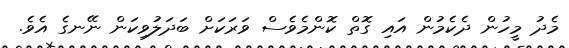
މެދު މީހުން ދެކެމުން އައި ގޮތް ކޮންމެވެސް ވަރަކަށް ބަދަލުވިކަން ނޭނގެ އެވެ.